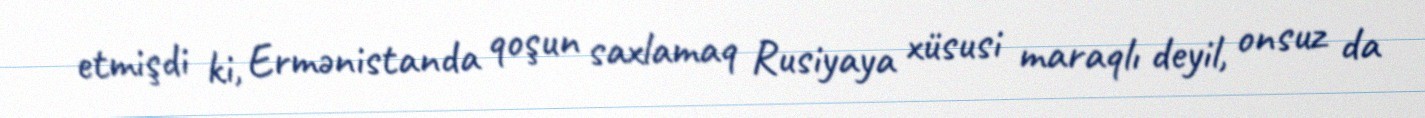
etmişdi ki, Ermənistanda qoşun saxlamaq Rusiyaya xüsusi maraqlı deyil, onsuz da